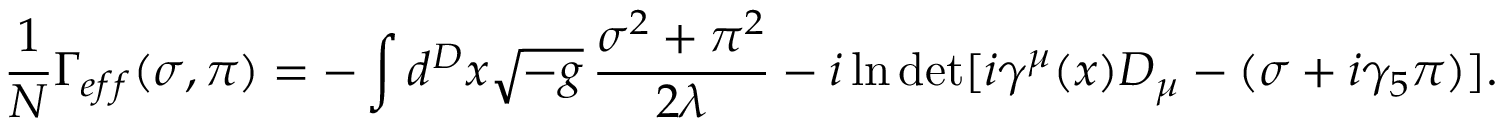
{ \frac { 1 } { N } } \Gamma _ { e f f } ( \sigma , \pi ) = - \int d ^ { D } x \sqrt { - g } \, { \frac { \sigma ^ { 2 } + \pi ^ { 2 } } { 2 \lambda } } - i \ln \operatorname * { d e t } [ i \gamma ^ { \mu } ( x ) D _ { \mu } - ( \sigma + i \gamma _ { 5 } \pi ) ] .